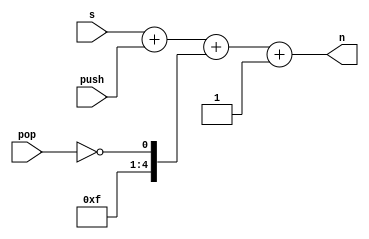
module stack_pointer
(
  input [4:0] s,
  input push,
  input pop,
  output [4:0] n
);

  assign n = s + {4'b0000, push} + {4'b1111, ~pop} + {5'b00001};

  /*
  assign n[0] = s[0] & ~push & ~pop | ~s[0] & push | ~s[0] & pop;
  assign n[1] = s[1] & s[0] & ~push | s[1] & ~s[0] & ~pop | ~s[1] & s[0] & push | ~s[1] & ~s[0] & pop;
  assign n[2] = s[2] & s[1] & s[0] & ~push | s[2] & s[1] & ~s[0] | s[2] & ~s[1] & s[0] | s[2] & ~s[1] & ~s[0] & ~pop | ~s[2] & s[1] & s[0] & push | ~s[2] & ~s[1] & ~s[0] & pop;
  assign n[3] = s[3] & s[2] & s[1] & s[0] & ~push | s[3] & s[2] & ~s[1] | s[3] & ~s[2] & s[0] | s[3] & s[1] & ~s[0] | s[3] & ~s[2] & ~s[1] & ~s[0] & ~pop | ~s[3] & s[2] & s[1] & s[0] & push | ~s[3] & ~s[2] & ~s[1] & ~s[0] & pop;
  assign n[4] = s[4] & s[3] & s[2] & s[1] & s[0] & ~push | s[4] & ~s[3] & s[0] | s[4] & s[1] & ~s[0] | s[4] & s[2] & ~s[1] | s[4] & s[3] & ~s[2] | s[4] & ~s[3] & ~s[2] & ~s[1] & ~s[0] & ~pop |
                ~s[4] & s[3] & s[2] & s[1] & s[0] & push | ~s[4] & ~s[3] & ~s[2] & ~s[1] & ~s[0] & pop;
  */

endmodule